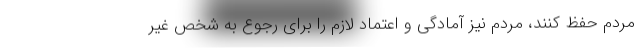
مردم حفظ کنند، مردم نیز آمادگی و اعتماد لازم را برای رجوع به شخص غیر